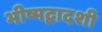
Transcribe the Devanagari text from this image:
भीष्मद्वादशी